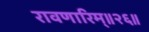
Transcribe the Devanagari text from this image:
रावणारिम्‌॥२६॥